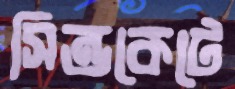
সিন্ডকেটে